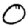
Digit: 0